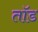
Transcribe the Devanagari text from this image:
तॉड